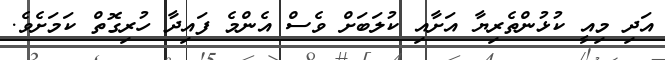
އަދި މިއީ ކުޅުންތެރިޔާ އަށާއި ކުލަބަށް ވެސް އެންމެ ފައިދާ ހުރިގޮތް ކަމަށެވެ.